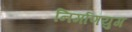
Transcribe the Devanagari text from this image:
निर्माणयुग